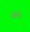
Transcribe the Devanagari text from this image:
मैगनेटर